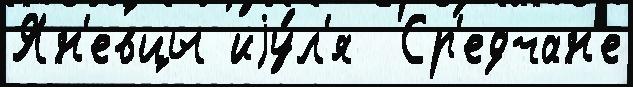
Ян'евцы иjу́л'я  Ср'едчан'е